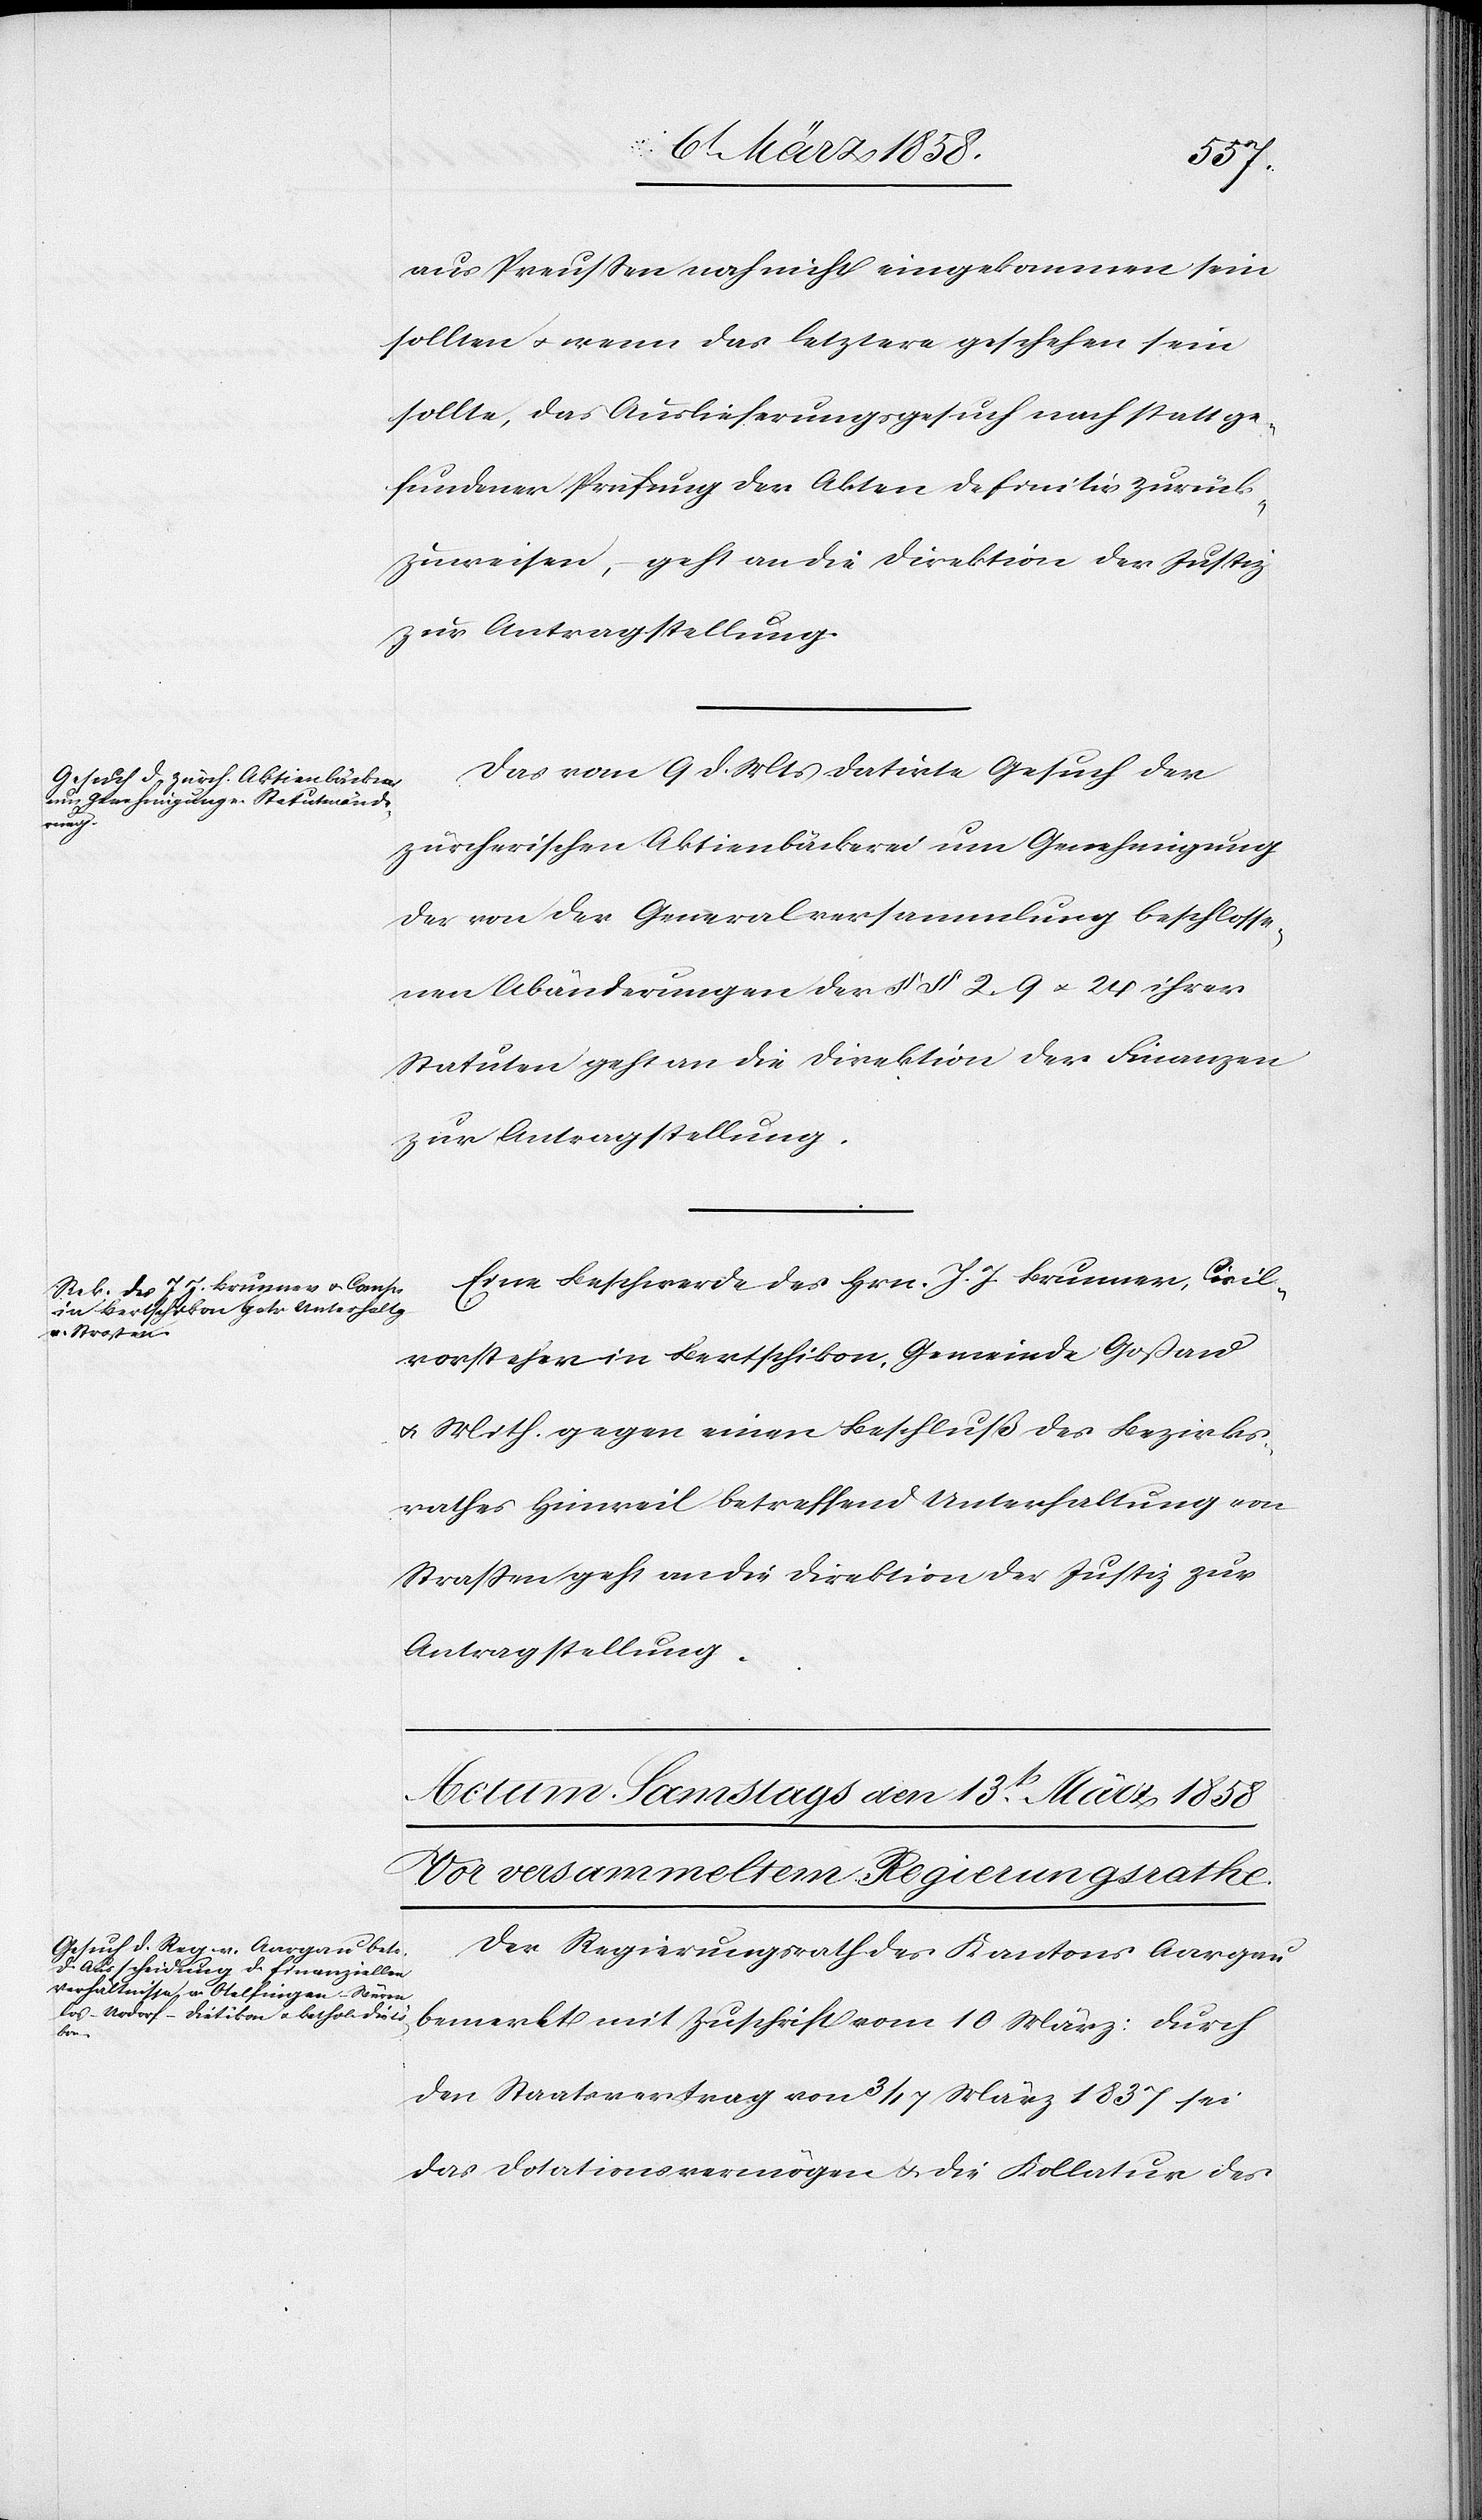
den

11. März 1858.]
aus Preußen noch nicht eingekommen sein
sollten u. wenn das letztere geschehen sein
sollte, das Auslieferungsgesuch nach statt ge¬
fundener Prüfung der Akten definitiv zurück¬
zuweisen, – geht an die Direktion der Justiz
zur Antragstellung.
Das vom 9. d. Mts. datirte Gesuch der
zürcherischen Aktienbäckerei um Genehmigung
der von der Generalversammlung beschlosse¬
nen Abänderung der §§ 2–9 u. 25 ihrer
Statuten geht an die Direktion der Finanzen
zur Antragstellung.
Eine Beschwerde des Hrn. J. J. Brunner, Civil¬
vorsteher in Bertschikon, Gemeinde Goßau
u. Mith. gegen einen Beschluß des Bezirks¬
rathes Hinweil betreffend Unterhaltung von
Straßen geht an die Direktion der Justiz zur
Antragstellung.
Der Regierungsrath des Kantons Aargau
bemerkt mit Zuschrift vom 10. März: durch
den Staatsvertrag vom 3/17. März 1837 sei
das Dotationsvermögen u. die Kollatur des